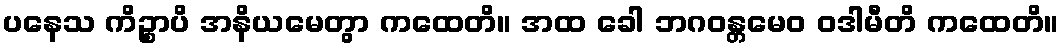
ပနေသ ကိဉ္စာပိ အနိယမေတွာ ကထေတိ။ အထ ခေါ ဘဂဝန္တမေဝ ဝဒါမီတိ ကထေတိ။